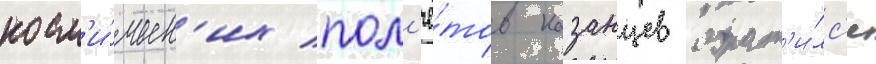
косм'и́ческ'их пол'ё́тов казанцев обрат'и́лс'я